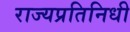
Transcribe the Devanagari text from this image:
राज्यप्रतिनिधी